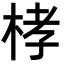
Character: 㭳